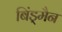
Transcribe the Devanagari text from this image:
बिंड्मैन